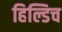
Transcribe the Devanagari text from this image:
हिल्डिच